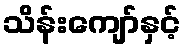
သိန်းကျော်နှင့်